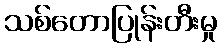
သစ်တောပြုန်းတီးမှု